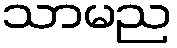
သာမည